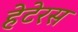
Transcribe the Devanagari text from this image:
हेटेरस